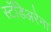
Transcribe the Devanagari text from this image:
स्टॅडिअरेना